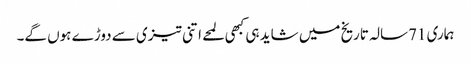
ہماری 71سالہ تاریخ میں شاید ہی کبھی لمحے اتنی تیزی سے دوڑے ہوں گے۔